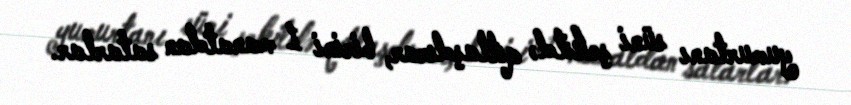
yumurtanı süni şəkildə qıtlaşdırar, birini 1 manatdan satarlar.